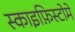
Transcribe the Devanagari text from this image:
स्काइफ़िस्टोमे